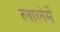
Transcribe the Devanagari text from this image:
लालेमें